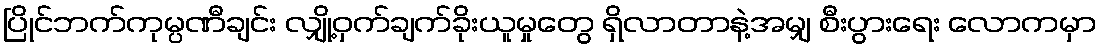
ပြိုင်ဘက်ကုမ္ပဏီချင်း လျှို့ဝှက်ချက်ခိုးယူမှုတွေ ရှိလာတာနဲ့အမျှ စီးပွားရေး လောကမှာ